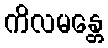
ကိလမန္တေ